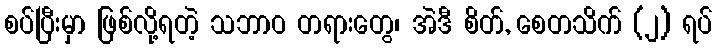
စပ်ပြီးမှာ ဖြစ်လို့ရတဲ့ သဘာဝ တရားတွေ၊ အဲဒီ စိတ်, စေတသိက် (၂) ရပ်